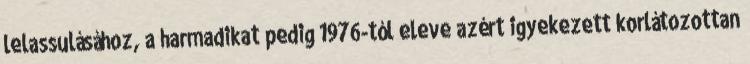
lelassulásához, a harmadikat pedig 1976-tól eleve azért igyekezett korlátozottan